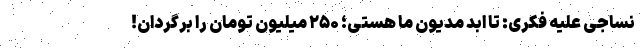
نساجی علیه فکری: تا ابد مدیون ما هستی؛ ۲۵۰ میلیون تومان را برگردان!